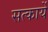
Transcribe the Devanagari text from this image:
सत्कार्ये